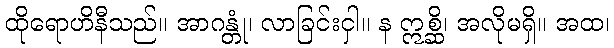
ထိုရောဟိနီသည်။ အာဂန္တုံ၊ လာခြင်းငှါ။ န ဣစ္ဆိ၊ အလိုမရှိ။ အထ၊